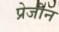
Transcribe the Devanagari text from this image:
प्रेजीन